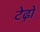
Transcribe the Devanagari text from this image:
टेढ़ो